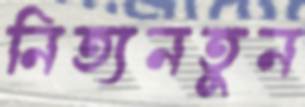
নিত্যনতুন